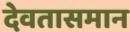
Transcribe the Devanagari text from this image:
देवतासमान